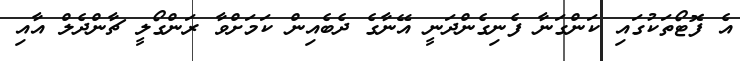
އެ ފޮޓޯތަކުގައި ކަންގަނާ ފެނިގެންދަނީ އޭނާގެ ދެބެއިން ކަމަށްވާ ރަންގޯލީ ޗާންދެލް އާއި